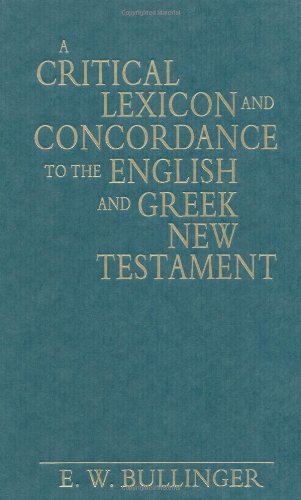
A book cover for A Critical Lexicon and Concordance to the English and Greek New Testament; E. W. Bullinger; Christian Books & Bibles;